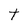
Character: t